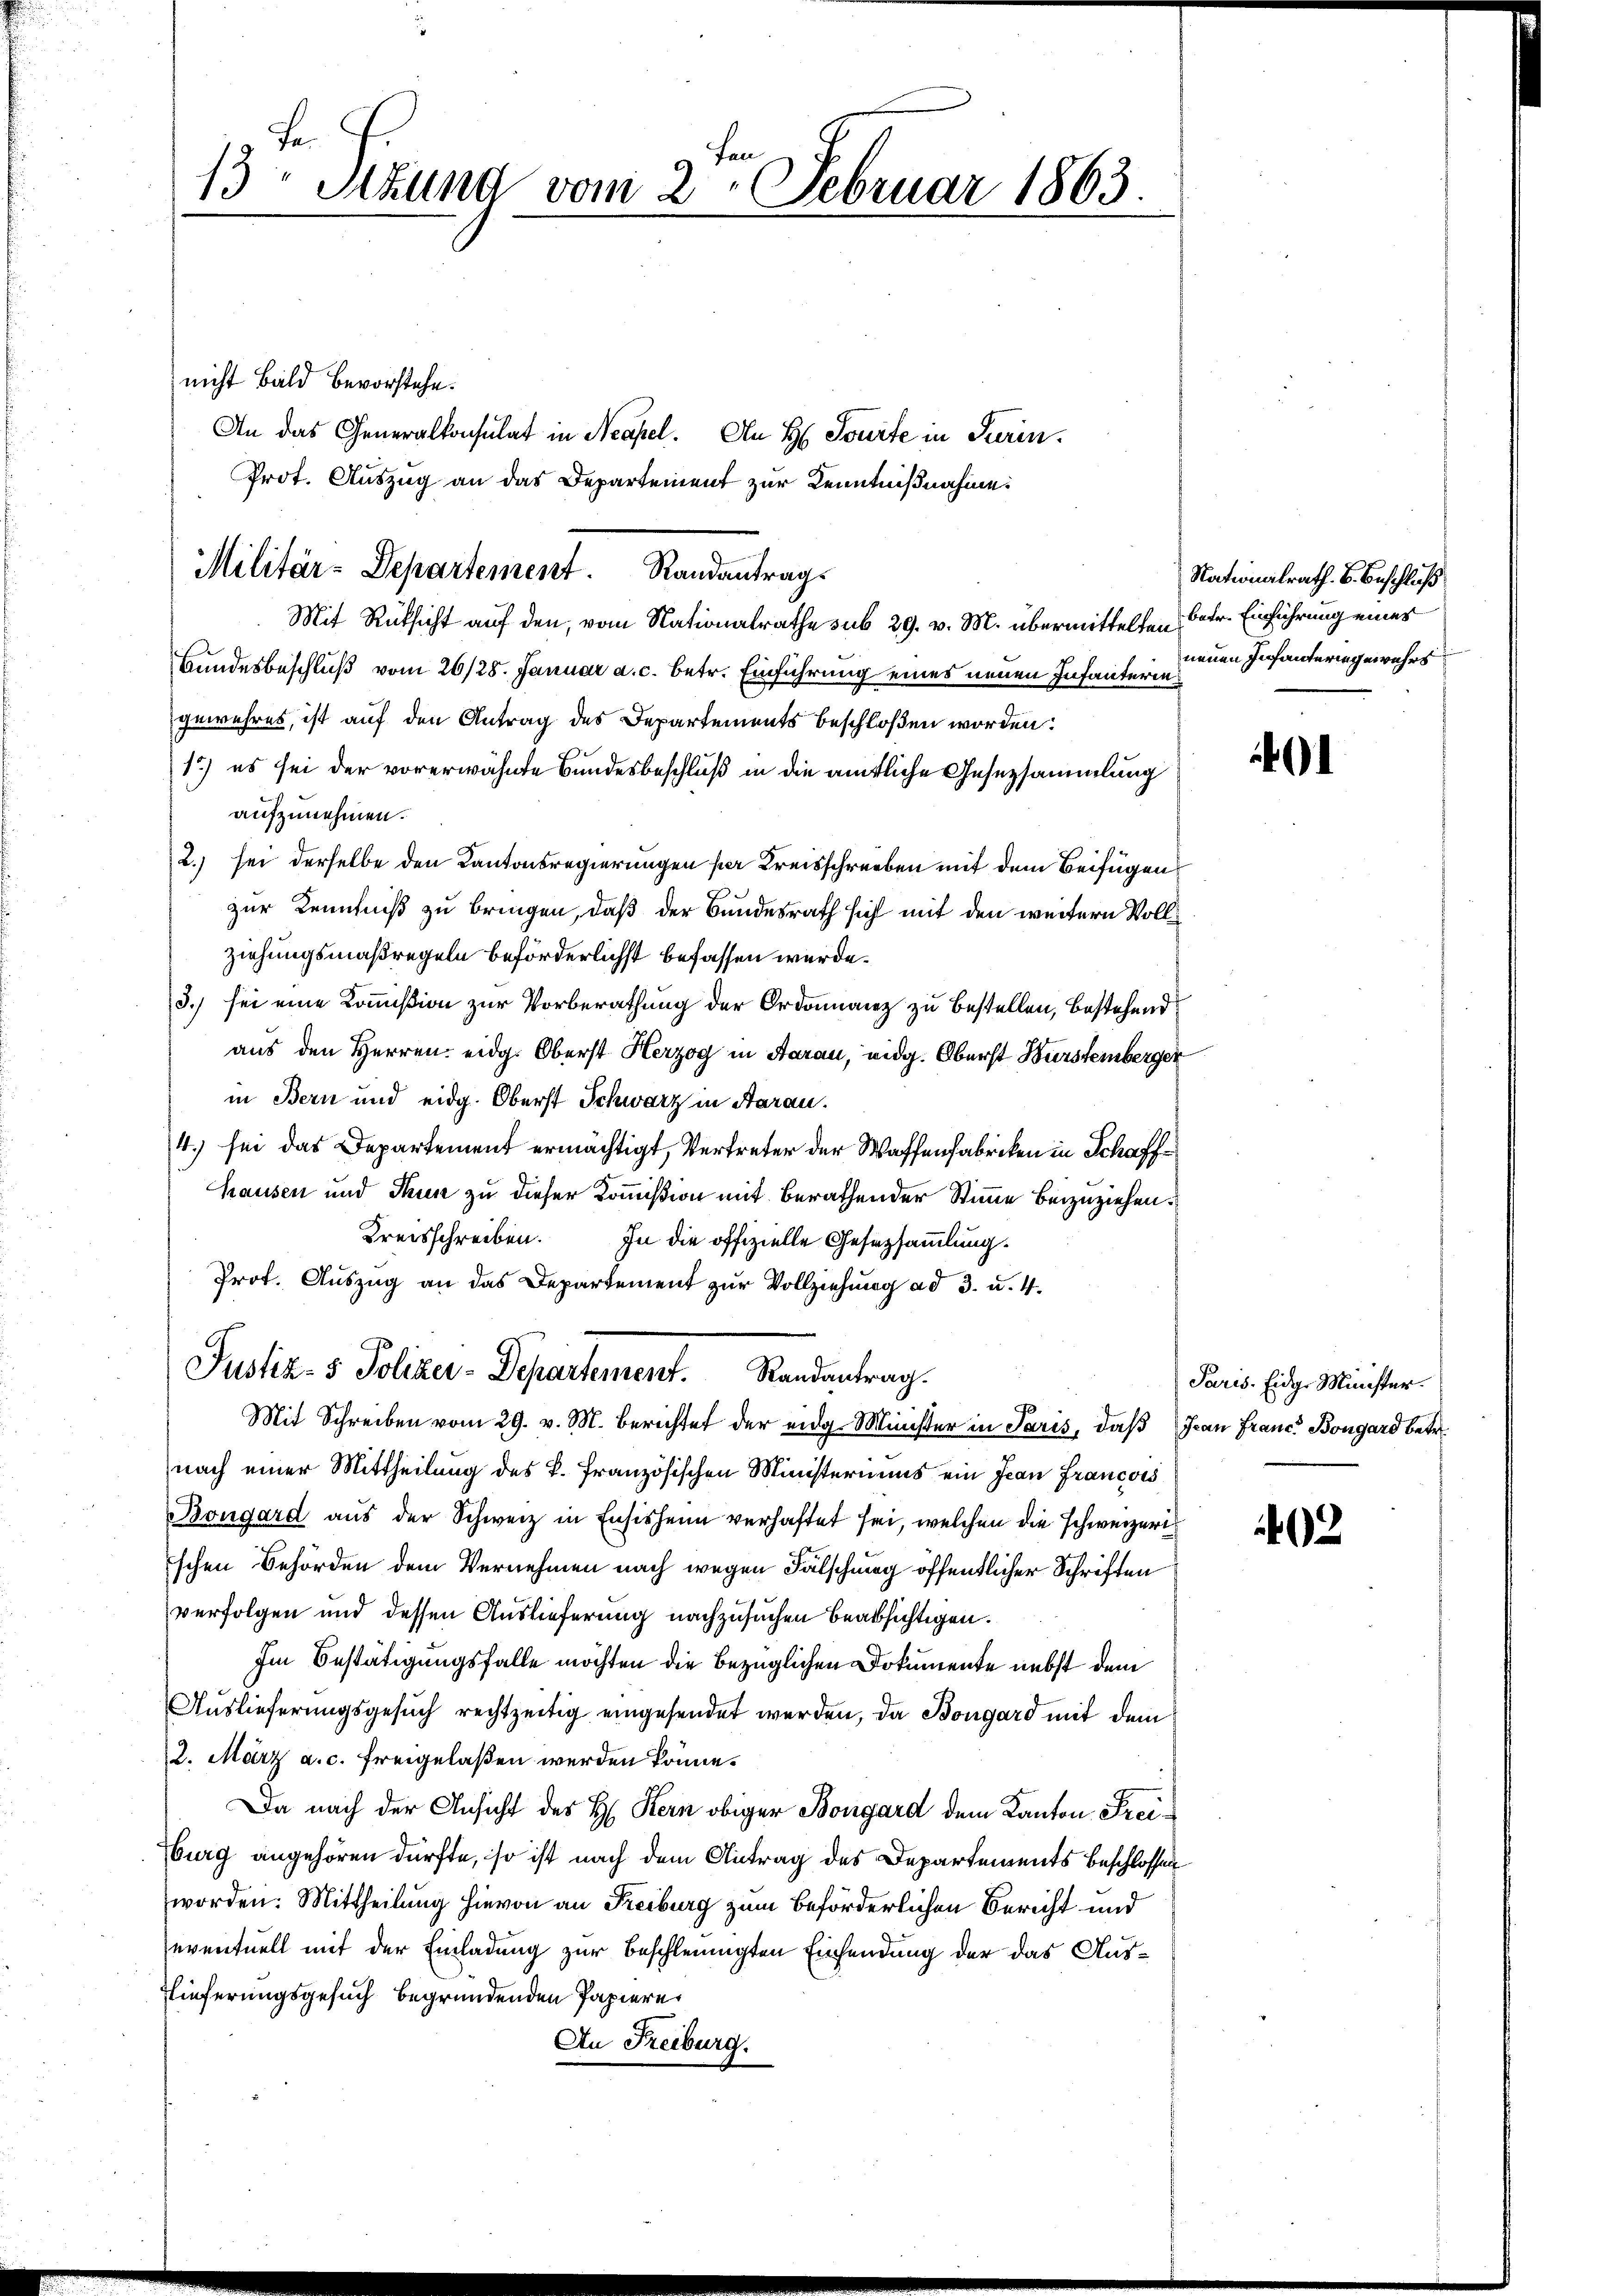
13 Sizung vom 2. Februar 1863.

nicht Bald bevorstehe.
An das Generalkonsulat in Neapel. An H Sourte in Turin.
Prot. Auszug an das Departement zur Kenntnißnahme.
Mit Rüksicht auf den, vom Nationalrathe sub 29. v. M. übermittelten Betr. Einführung eines
Bundesbeschluß vom 26/28. Januar a. c. betr. Einführung eines neuen Infanter einen Infanteringewahrs
gewehres, ist auf den Antrag des Departements beschloßen worden:
1) es sei der vorerwähnte Bundesbeschluß in die amtliche Gesetzsammlung
aufzunehmen.
2.) sei derselbe den Kantonsregierungen sie Kreisschreiben mit dem Beifügen
zur Kenntniß zu bringen, daß der Bundesrath sich mit den weitern Vollziehungsmaßregeln beförderlichst befassen würde.
3.) sei eine Kommißion zur Vorberathung der Ordonnanz zu bestellen, bestehend
aus den Herren eidg. Oberst Herzog in Aarau, eidg. Oberst Bürstemberger
in Bern und eidg. Oberst Schwarz in Aarau
4.) sei das Departement ermächtigt, Vertreter der Waffenfabriken in Schaff
Hausen und Thun zu dieser Kommißion mit berathender Stimme beizuziehen.
Kreisschreiben. In die offizielle Gesetzsammlung.
Prot. Auszug an das Departement zur Vollziehung ad 3. u. 4.
Justiz- & Polizer-Departement. Kandentrag.
Mit Schreiben vom 29. v. M. berichtet der eidg. Minister in Paris, daß Jean Franc, Bongard betr.
nach einer Mittheilung des k. Französischen Ministeriums ein Jean Francois
Bongard aus der Schweiz in Ensisheim verhaftet sei, welchen die schweizerischen Behörden dem Vernehmen nach wegen Fälschung öffentlicher Schriften
verfolgen und dessen Auslieferung nachzusuchen beabsichtigen.
Im Bestätigungsfalle möchten die bezüglichen Dokumente nebst dem
Auslieferungsgesuch rechtzeitig eingesendet werden, da Böngard mit dem
2. März a. c. freigelaßen werden könne.
Da nach der Ansicht des H. Kern obiger Bongard dem Kanton Freiburg angehören dürfte, so ist nach dem Antrag des Departements beschlossen
worden. Mittheilung hievon an Freiburg zum beförderlichen Bericht und
eventuell mit der Einladung zur beschleunigten Einsendung der das Aus¬
Lieferungsgesuch begründenden Papiere
An Freiburg.

Militär-Departement. Standantrags

Nationalrath. B. Beschluß

01

Paris. Eidg. Minister.

02